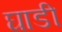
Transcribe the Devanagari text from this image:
घाडी